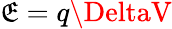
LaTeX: \mathfrak{E}=q\DeltaV